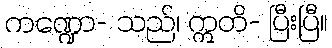
ကဏ္ဍော- သည်၊ ဣတိ- ပြီးပြီ။